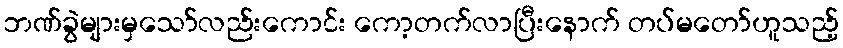
ဘဏ်ခွဲများမှသော်လည်းကောင်း ကော့တက်လာပြီးနောက် တပ်မတော်ဟူသည့်